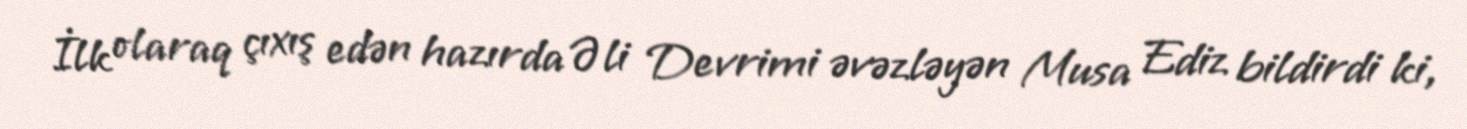
İlk olaraq çıxış edən hazırda Əli Devrimi əvəzləyən Musa Ediz bildirdi ki,